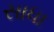
સાધા